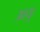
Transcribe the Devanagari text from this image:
आयुः